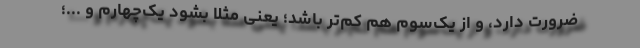
ضرورت دارد، و از یک‌سوم هم کم‌تر باشد؛ یعنی مثلا بشود یک‌چهارم و ...؛